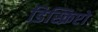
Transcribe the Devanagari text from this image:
डिस्क्रिप्टो